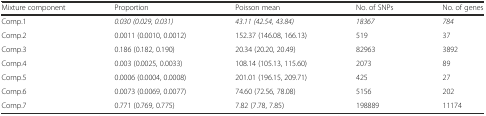
| Mixture component | Proportion | Poisson mean | No. of SNPs | No. of genes |
 | --- | --- | --- | --- | --- |
 | Comp.1 | 0.030 (0.029, 0.031) | 43.11 (42.54, 43.84) | 18367 | 784 |
 | Comp.2 | 0.0011 (0.0010, 0.0012) | 152.37 (146.08, 166.13) | 519 | 37 |
 | Comp.3 | 0.186 (0.182, 0.190) | 20.34 (20.20, 20.49) | 82963 | 3892 |
 | Comp.4 | 0.003 (0.0025, 0.0033) | 108.14 (105.13, 115.60) | 2073 | 89 |
 | Comp.5 | 0.0006 (0.0004, 0.0008) | 201.01 (196.15, 209.71) | 425 | 27 |
 | Comp.6 | 0.0073 (0.0069, 0.0077) | 74.60 (72.56, 78.08) | 5156 | 202 |
 | Comp.7 | 0.771 (0.769, 0.775) | 7.82 (7.78, 7.85) | 198889 | 11174 |